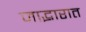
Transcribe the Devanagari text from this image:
जाद्भारात